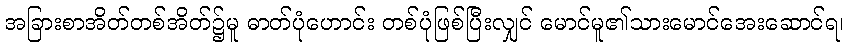
အခြားစာအိတ်တစ်အိတ်၌မူ ဓာတ်ပုံဟောင်း တစ်ပုံဖြစ်ပြီးလျှင် မောင်မူ၏သားမောင်အေးဆောင်ရ၊